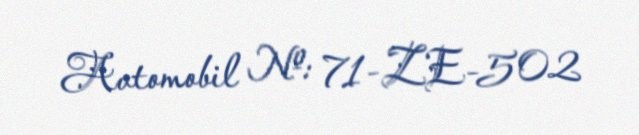
Avtomobil №: 71-ZE-502